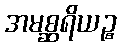
အမစ္ဆရိယဉ္စ